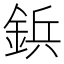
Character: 鋲